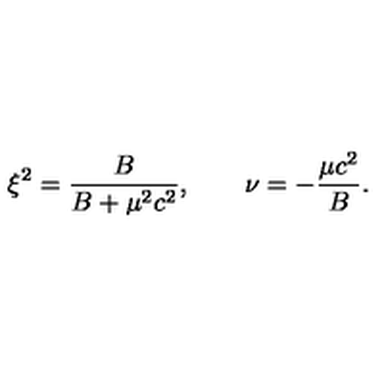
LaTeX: \xi ^ { 2 } = \frac { B } { B + \mu ^ { 2 } c ^ { 2 } } , \qquad \nu = - \frac { \mu c ^ { 2 } } { B } .